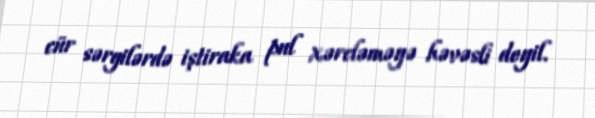
cür sərgilərdə iştiraka pul xərcləməyə həvəsli deyil.